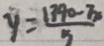
y = \frac { ( 1 3 9 0 - 7 x ) } { 5 }